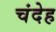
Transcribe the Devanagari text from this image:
चंदेह